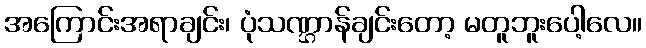
အကြောင်းအရာချင်း၊ ပုံသဏ္ဌာန်ချင်းတော့ မတူဘူးပေါ့လေ။